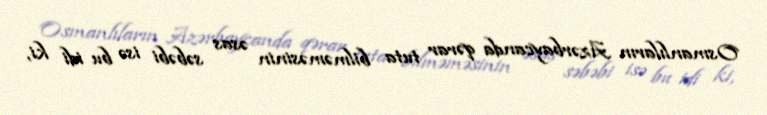
Osmanlıların Azərbaycanda qərar tuta bilməməsinin əsas səbəbi isə bu idi ki,